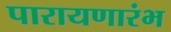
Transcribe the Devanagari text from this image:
पारायणारंभ